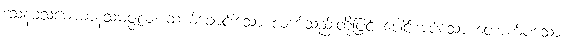
ဒသနခသမောဓာနသမဇ္ဇလံ၊ ဆယ်ချောင်းသော လက်သည်းတို့ဖြင့် ပေါင်းအပ်သော တောက်ပသော